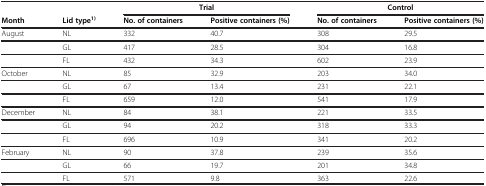
<table><thead><tr><td><b> </b></td><td><b> </b></td><td colspan="2"><b>Trial</b></td><td colspan="2"><b>Control</b></td></tr><tr><td><b>Month</b></td><td><b>Lid type<sup>1)</sup></b></td><td><b>No. of containers</b></td><td><b>Positive containers (%)</b></td><td><b>No. of containers</b></td><td><b>Positive containers (%)</b></td></tr></thead><tbody><tr><td>August</td><td>NL</td><td>332</td><td>40.7</td><td>308</td><td>29.5</td></tr><tr><td> </td><td>GL</td><td>417</td><td>28.5</td><td>304</td><td>16.8</td></tr><tr><td> </td><td>FL</td><td>432</td><td>34.3</td><td>602</td><td>23.9</td></tr><tr><td>October</td><td>NL</td><td>85</td><td>32.9</td><td>203</td><td>34.0</td></tr><tr><td> </td><td>GL</td><td>67</td><td>13.4</td><td>231</td><td>22.1</td></tr><tr><td> </td><td>FL</td><td>659</td><td>12.0</td><td>541</td><td>17.9</td></tr><tr><td>December</td><td>NL</td><td>84</td><td>38.1</td><td>221</td><td>33.5</td></tr><tr><td> </td><td>GL</td><td>94</td><td>20.2</td><td>318</td><td>33.3</td></tr><tr><td> </td><td>FL</td><td>696</td><td>10.9</td><td>341</td><td>20.2</td></tr><tr><td>February</td><td>NL</td><td>90</td><td>37.8</td><td>239</td><td>35.6</td></tr><tr><td> </td><td>GL</td><td>66</td><td>19.7</td><td>201</td><td>34.8</td></tr><tr><td> </td><td>FL</td><td>571</td><td>9.8</td><td>363</td><td>22.6</td></tr></tbody></table>